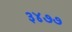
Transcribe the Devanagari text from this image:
३४७७